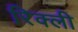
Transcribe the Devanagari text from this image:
रिक्ली